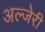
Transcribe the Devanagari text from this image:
अल्जेरी